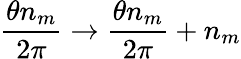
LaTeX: \frac{\theta n_{m}}{2\pi}\rightarrow\frac{\theta n_{m}}{2\pi}+n_{m}